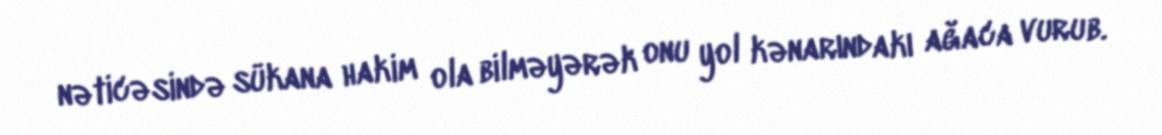
nəticəsində sükana hakim ola bilməyərək onu yol kənarındakı ağaca vurub.